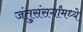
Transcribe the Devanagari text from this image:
जंतुसंसर्गांमध्ये